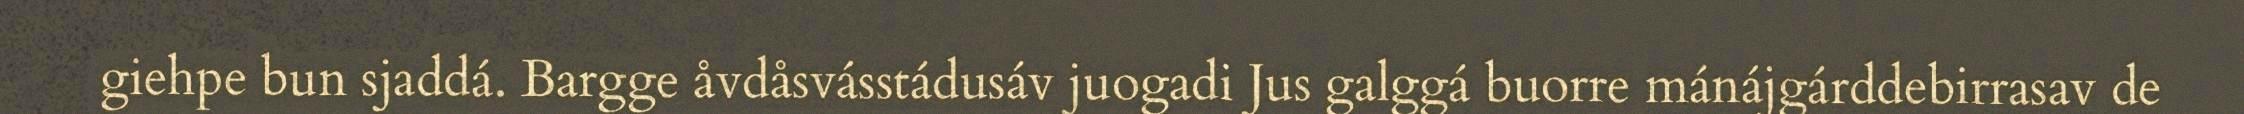
giehpe bun sjaddá. Bargge åvdåsvásstádusáv juogadi Jus galggá buorre mánájgárddebirrasav de